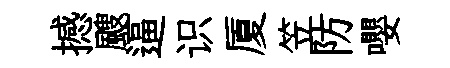
撼颼逼识厦笠防嚶